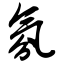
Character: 氛